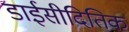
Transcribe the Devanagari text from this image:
डाईसीदितिक